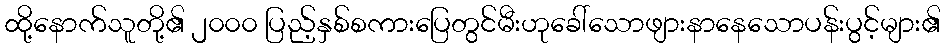
ထို့နောက်သူတို့၏ ၂၀၀၀ ပြည့်နှစ်စကားပြေတွင်မီးဟုခေါ်သောဖျားနာနေသောပန်းပွင့်များ၏